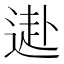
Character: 𨕍